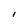
Character: I